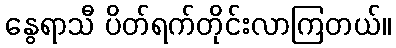
နွေရာသီ ပိတ်ရက်တိုင်းလာကြတယ်။